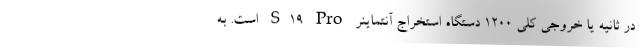
در ثانیه یا خروجی کلی 1200 دستگاه استخراج آنتماینر S19 Pro است. به